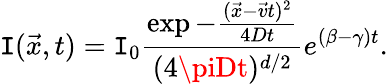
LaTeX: \mathtt{I}(\vec{{x}},t)=\mathtt{I}_{0}\frac{{\exp{-\frac{{(\vec{{x}}-\vec{{v}}t)^{2}}}{{4Dt}}}}}{{(4\piDt)^{d/2}}}e^{(\beta-\gamma)t}.